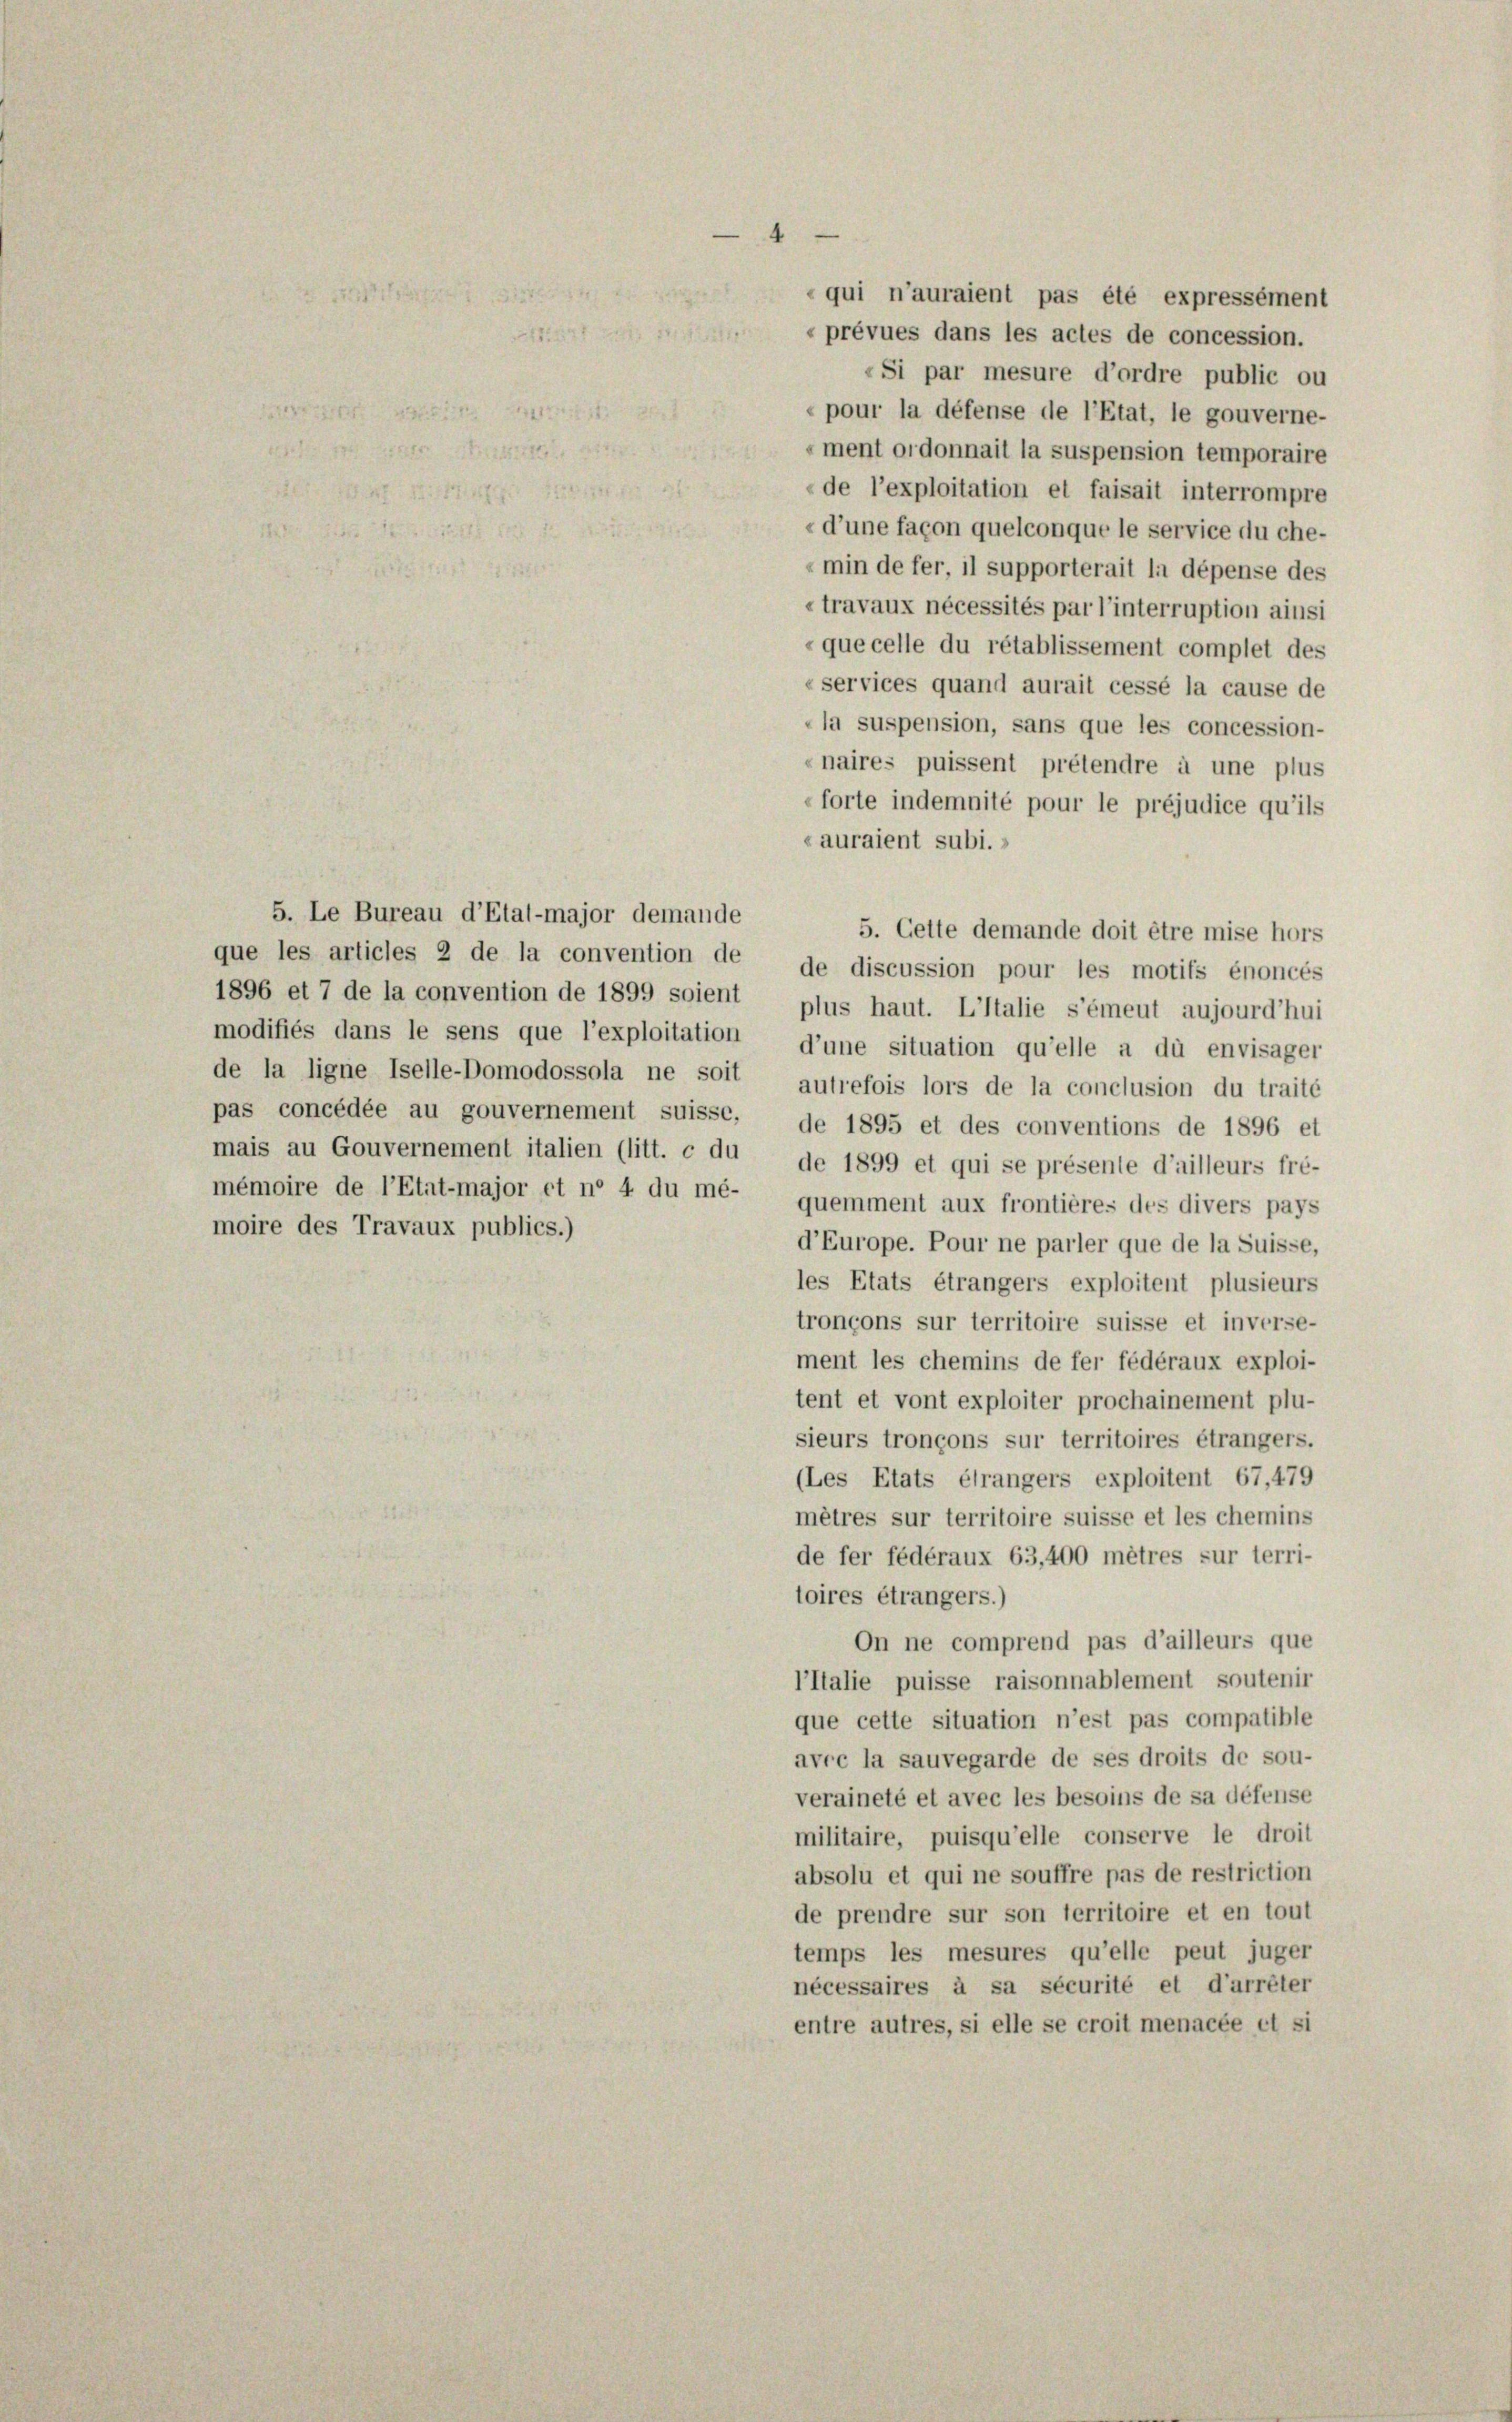
5. Cette demande doit être mise hors
1896 et 7 de la convention de 1899 soient plus haut. L’Italie s’émeut aujourd’hui
modifiés dans le sens que l’exploitation d’une situation qu’elle a dû envisager
mais au Gouvernement italien (litt. c du de 1899 et qui se présente d’ailleurs fré-
mémoire de l’Etat-major et ne 4 du mé- quemment aux frontières des divers pays
moire des Travaux publics.)
d’Europe. Pour ne parler que de la Suisse,
les Etats étrangers exploitent plusieurs
tronçons sur territoire suisse et inverse-
ment les chemins de fer fédéraux exploi-
tent et vont exploiter prochainement plu-
sieurs tronçons sur territoires étrangers.
(Les Etats étrangers exploitent 67,479
mètres sur territoire suisse et les chemins
de fer fédéraux 63,400 mètres sur terri-
toires étrangers.)
On ne comprend pas d’ailleurs que
l’Italie puisse raisonnablement soutenir
que cette situation n’est pas compatible
avec la sauvegarde de ses droits de sou-
veraineté et avec les besoins de sa défense
militaire, puisqu’elle conserve le droit
absolu et qui ne souffre pas de restriction
de prendre sur son territoire et en tout
temps les mesures qu’elle peut juger
nécessaires à sa sécurité et d’arrêter
entre autres, si elle se croit menacée et si

5. Le Bureau d’Etal-major demande
que les articles 2 de la convention de de discussion pour les motifs énoncés
de la ligne Iselle-Domodossola ne soit autrefois lors de la conclusion du traité
pas concédée au gouvernement suisse, de 1895 et des conventions de 1896 et

qui n’auraient pas été expressément
«prévues dans les actes de concession.
«Si par mesure d’ordre public ou
pour la défense de l’Etat, le gouverne-
ment ordonnait la suspension temporaire
«de l’exploitation et faisait interrompre
«d’une façon quelconque le service du che-
«min de fer, il supporterait la dépense des
«travaux nécessités par l’interruption ainsi
«que celle du rétablissement complet des
«services quand aurait cessé la cause de
„la suspension, sans que les concession-
naires puissent prétendre à une plus
(forte indemnité pour le préjudice qu’ils
«auraient subi.»